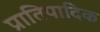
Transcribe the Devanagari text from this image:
प्रातिपादिक